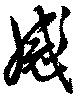
感